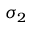
\sigma _ { 2 }